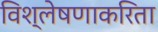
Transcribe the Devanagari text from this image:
विश्लेषणाकरिता